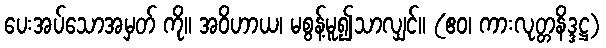
ပေးအပ်သောအမှတ် ကို။ အဝိဟာယ၊ မစွန့်မူ၍သာလျှင်။ (ဧဝ၊ ကားလုတ္တနိဒ္ဒဋ္ဌ)